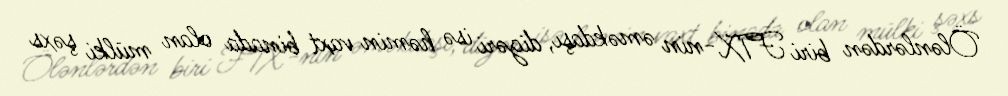
Ölənlərdən biri FTX-nin əməkdaşı, digəri isə həmin vaxt binada olan mülki şəxs